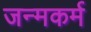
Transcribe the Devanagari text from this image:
जन्मकर्म